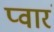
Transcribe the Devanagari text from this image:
प्वारं